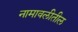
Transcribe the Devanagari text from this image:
नामावलीतील